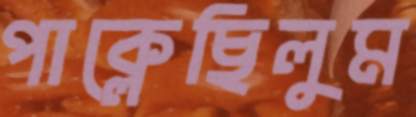
পাক্‌লেছিলুম